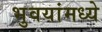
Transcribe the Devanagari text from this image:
भुवयांमध्ये